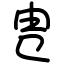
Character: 㕀